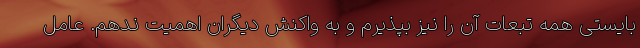
بایستی همه تبعات آن را نیز بپذیرم و به واکنش دیگران اهمیت ندهم. عامل